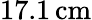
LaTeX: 17.1\, \mathrm{cm}